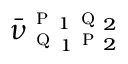
\bar { \nu } _ { \textsc { q } _ { 1 } \textsc { p } _ { 2 } } ^ { \textsc { p } _ { 1 } \textsc { q } _ { 2 } }